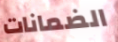
الضمانات